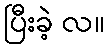
ပြီးခဲ့ လ။